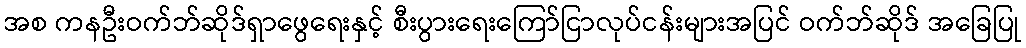
အစ ကနဦးဝက်ဘ်ဆိုဒ်ရှာဖွေရေးနှင့် စီးပွားရေးကြော်ငြာလုပ်ငန်းများအပြင် ဝက်ဘ်ဆိုဒ် အခြေပြု